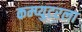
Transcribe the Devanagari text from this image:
कम्प्युटरला